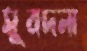
সুবদনা